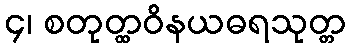
၄၊ စတုတ္ထဝိနယဓရသုတ္တ